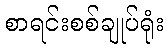
စာရင်းစစ်ချုပ်ရုံး